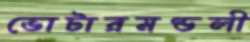
ভোটারমণ্ডলী